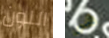
اللون هي